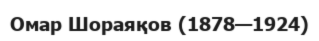
Омар Шораяқов (1878—1924)